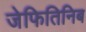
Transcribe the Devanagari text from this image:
जेफितिनिब